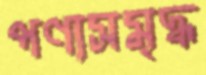
পণ্যসমৃদ্ধ